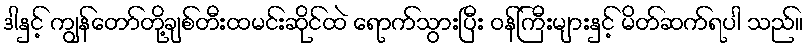
ဒါနှင့် ကျွန်တော်တို့ချစ်တီးထမင်းဆိုင်ထဲ ရောက်သွားပြီး ဝန်ကြီးများနှင့် မိတ်ဆက်ရပါ သည်။